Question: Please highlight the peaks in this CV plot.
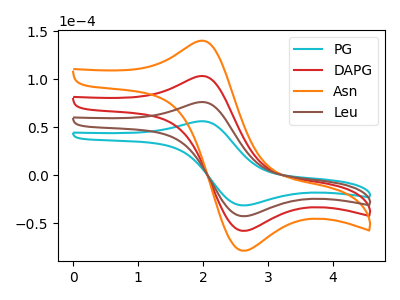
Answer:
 <answer>The cyan curve "PG" has an anodic peak at (1.95V, 55.95uA) and a cathodic peak at (2.60V, -31.55uA). The red curve "DAPG" has an anodic peak at (1.95V, 151.70uA) and a cathodic peak at (2.60V, -85.55uA). The orange curve "Asn" has an anodic peak at (1.95V, 227.60uA) and a cathodic peak at (2.60V, -128.35uA). The brown curve "Leu" has an anodic peak at (1.95V, 75.85uA) and a cathodic peak at (2.60V, -42.80uA).</answer>
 <eval></eval>